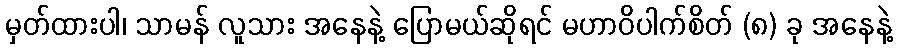
မှတ်ထားပါ၊ သာမန် လူသား အနေနဲ့ ပြောမယ်ဆိုရင် မဟာဝိပါက်စိတ် (၈) ခု အနေနဲ့